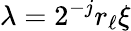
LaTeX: \lambda=2^{-j}r_{\ell}\xi